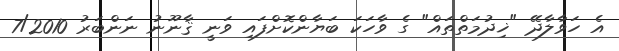
އެ ހަވާލާދޭ "ޚިދުމަތްތައް" ގެ ވާހަކަ ބަޔާންކޮށްފައި ވަނީ ޤާނޫނު ނަންބަރު 7/2010